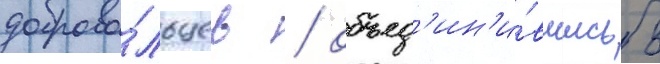
доброво́льцев / объед'ин'и́вшись в